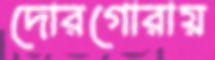
দোরগোরায়